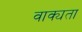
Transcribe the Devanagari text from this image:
वाक्यता